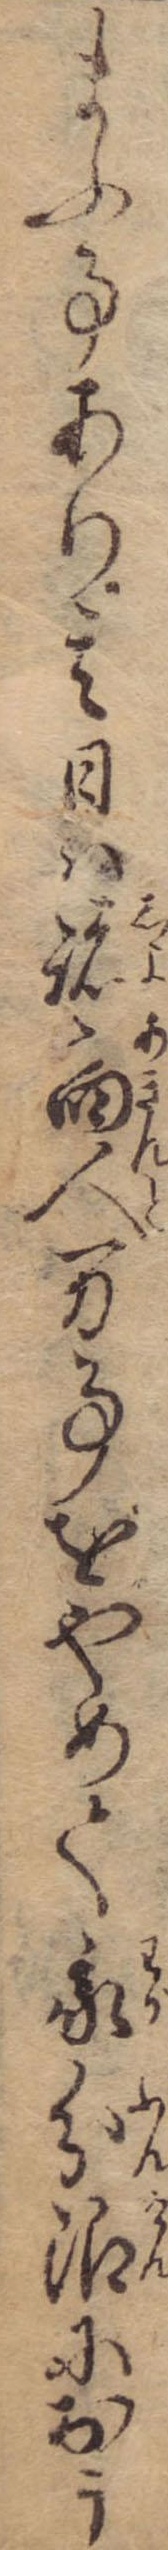
まふ事あり其日は諸商人万事をやめて我分限におう